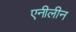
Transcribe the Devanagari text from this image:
एनीलीन